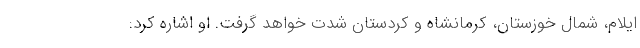
ایلام، شمال خوزستان، کرمانشاه و کردستان شدت خواهد گرفت. او اشاره کرد: